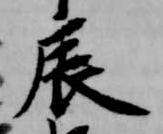
辰